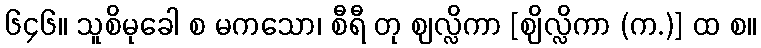
၆၄၆။ သူစိမုခေါ စ မကသော၊ စီရီ တု ဈလ္လိကာ [ဈိလ္လိကာ (က.)] ထ စ။